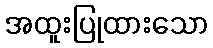
အထူးပြုထားသော